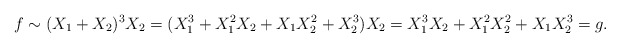
\begin{align*}f\sim(X_1+X_2)^3X_2=(X_1^3+X_1^2X_2+X_1X_2^2+X_2^3)X_2=X_1^3X_2+X_1^2X_2^2+X_1X_2^3=g.\end{align*}